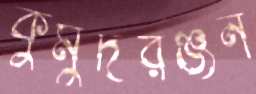
কুমুদরঞ্জন